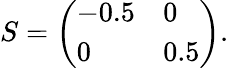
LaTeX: \begin{array}{r}{S=\left(\begin{array}{ll}{-0.5}&{0}\\ {0}&{0.5}\end{array}\right).}\end{array}